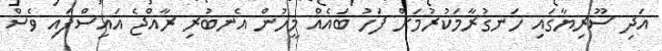
އަދި ސޫރިޔާގައި ހަނގުރާމަކުރުމަށް ފަހު ބައެއް މީހުން އެނބުރި ރާއްޖެ އައިސްފައި ވެސް